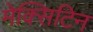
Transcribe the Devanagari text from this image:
मेक्सिटिन